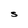
Character: S